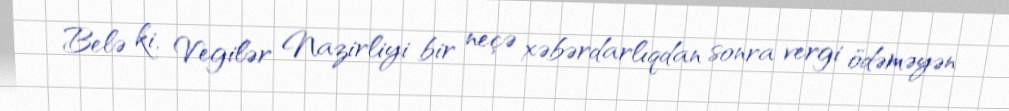
Belə ki, Vegilər Nazirliyi bir neçə xəbərdarlıqdan sonra vergi ödəməyən